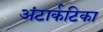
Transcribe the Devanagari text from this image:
अंटार्कटिका